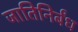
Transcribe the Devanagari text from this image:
जातिनिर्बंध